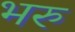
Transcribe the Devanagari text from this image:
भरु